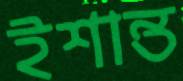
ইশান্ত